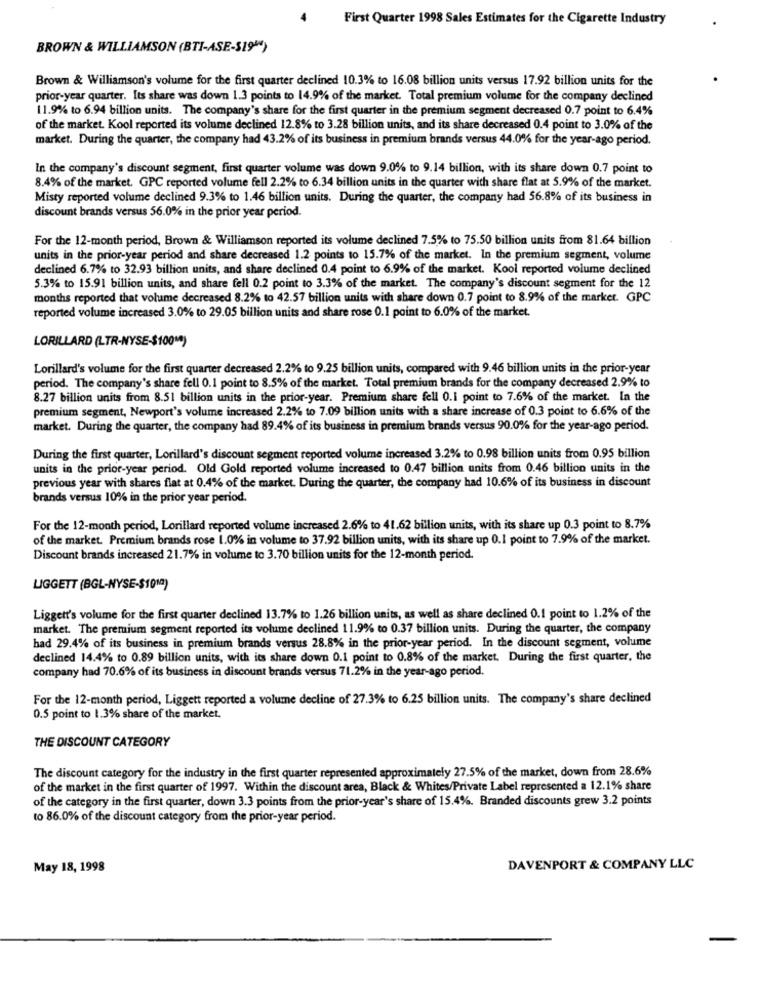
First Quarter 1998 Sales Estimates for the Cigarette Industry
BROWN & WILLIAMSON (BTI-ASE-S19")
Brown & Williamson's volume for the first quarter declined 10.3% to 16.08 billion units versus 17.92 billion units for the
prior-year quarter. Its share was down 1.3 points to 14.9% of the market. Total premium volume for the company declined
11.9% to 6.94 billion units. The company's share for the first quarter in the premium segment decreased 0.7 point to 6.4%
of the market. Kool reported its volume declined 12.8% to 3.28 billion units, and its share decreased 0.4 point to 3.0% of the
market. During the quarter, the company had 43.2% of its business in premium brands versus 44.0% for the year-ago period.
In the company's discount segment, first quarter volume was down 9.0% to 9.14 billion, with its share down 0.7 point to
8.4% of the market. GPC reported volume fell 2.2% to 6.34 billion units in the quarter with share flat at 5.9% of the market.
Misty reported volume declined 9.3% to 1.46 billion units. During the quarter, the company had 56.8% of its business in
discount brands versus 56.0% in the prior year period.
For the 12-month period, Brown & Williamson reported its volume declined 7.5% to 75.50 billion units from 81.64 billion
units in the prior-year period and share decreased 1.2 points to 15.7% of the market. In the premium segment, volume
declined 6.7% to 32.93 billion units, and share declined 0.4 point to 6.9% of the market. Kool reported volume declined
5.3% to 15.91 billion units, and share fell 0.2 point to 3.3% of the market. The company's discount segment for the 12
months reported that volume decreased 8.2% to 42.57 billion units with share down 0.7 point to 8.9% of the market. GPC
reported volume increased 3.0% to 29.05 billion units and share rose 0.1 point to 6.0% of the market.
LORILLARD (LTR-NYSE-$1001)
Lorillard's volume for the first quarter decreased 2.2% to 9.25 billion units, compared with 9.46 billion units in the prior-year
period. The company's share fell 0.1 point to 8.5% of the market. Total premium brands for the company decreased 2.9% to
8.27 billion units from 8.51 billion units in the prior-year. Premium share fell 0.1 point to 7.6% of the market. In the
premium segment, Newport's volume increased 2.2% to 7.09 billion units with a share increase of 0.3 point to 6.6% of the
market. During the quarter, the company had 89.4% of its business in premium brands versus 90.0% for the year-ago period.
During the first quarter, Lorillard's discount segment reported volume increased 3.2% to 0.98 billion units from 0.95 billion
units in the prior-year period. Old Gold reported volume increased to 0.47 billion units from 0.46 billion units in the
previous year with shares flat at 0.4% of the market. During the quarter, the company had 10.6% of its business in discount
brands versus 10% in the prior year period.
For the 12-month period, Lorillard reported volume increased 2.6% to 41.62 billion units, with its share up 0.3 point to 8.7%
of the market. Premium brands rose 1.0% in volume to 37.92 billion units, with its share up 0.1 point to 7.9% of the market.
Discount brands increased 21.7% in volume to 3.70 billion units for the 12-month period.
LIGGETT (BGL-NYSE-$1010)
Liggett's volume for the first quarter declined 13.7% to 1.26 billion units, as well as share declined 0.1 point to 1.2% of the
market. The premium segment reported its volume declined 11.9% to 0.37 billion units. During the quarter, the company
had 29.4% of its business in premium brands versus 28.8% in the prior-year period. In the discount segment, volume
declined 14.4% to 0.89 billion units, with its share down 0.1 point to 0.8% of the market. During the first quarter, the
company had 70.6% of its business in discount brands versus 71.2% in the year ago period.
For the 12-month period, Liggett reported a volume decline of 27.3% to 6.25 billion units. The company's share declined
0.5 point to 1.3% share of the market.
THE DISCOUNT CATEGORY
The discount category for the industry in the first quarter represented approximately 27.5% of the market, down from 28.6%
of the market in the first quarter of 1997. Within the discount area, Black & Whites/Private Label represented a 12.1% share
of the category in the first quarter, down 3.3 points from the prior-year's share of 15.4%. Branded discounts grew 3.2 points
to 86.0% of the discount category from the prior-year period.
May 18, 1998
DAVENPORT & COMPANY LLC